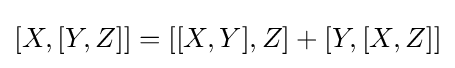
[X,[Y,Z]]=[[X,Y],Z]+[Y,[X,Z]]